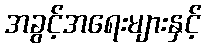
အခွင့်အရေးများနှင့်